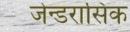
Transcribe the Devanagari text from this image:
जेन्डरासिक